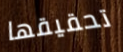
تحقيقها